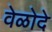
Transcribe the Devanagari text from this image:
वेळोदे